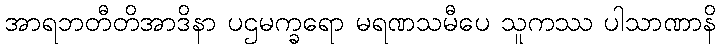
အာရဘတီတိအာဒိနာ ပဌမက္ခရော မရဏသမီပေ သူကဿ ပါသာဏာနိ